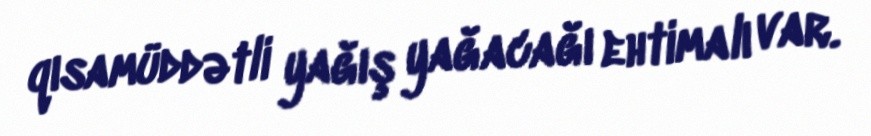
qısamüddətli yağış yağacağı ehtimalı var.